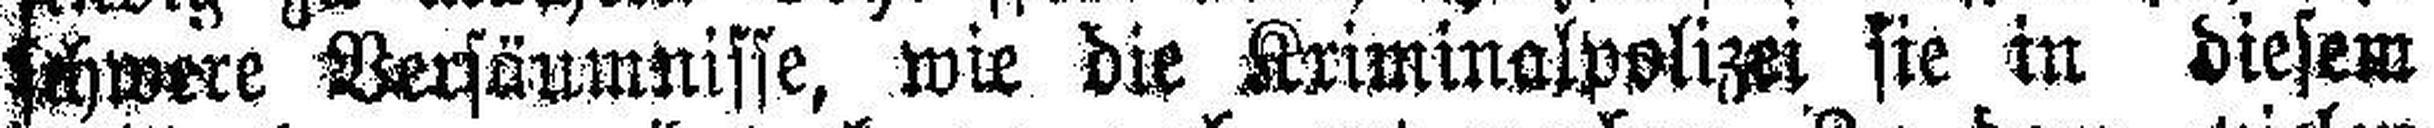
schwere Versäumnisse, wie die Kriminalpolizei sie in diesem